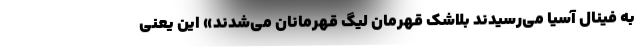
به فینال آسیا می‌رسیدند بلاشک قهرمان لیگ قهرمانان می‌شدند» این یعنی